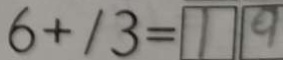
6 + 1 3 = 1 9